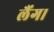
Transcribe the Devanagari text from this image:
लैंग।